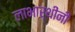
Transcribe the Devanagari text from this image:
लाभार्थींनी